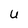
Character: u